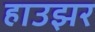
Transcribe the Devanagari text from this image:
हाउझर